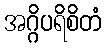
အဂ္ဂိပရိစိတံ